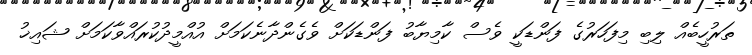
ތަރުހީބެއް ލިބި މިފަހަރުގެ ފަންޑަކީ ވެސް ކާމިޔާބު ފަންޑަކަށް ވެގެންދާނެކަމަށް އުއްމީދުކުރައްވާކަމަށް ޝައިޚު